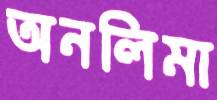
অনলিমা